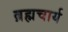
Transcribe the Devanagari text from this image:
ब्रह्मचार्य